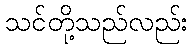
သင်တို့သည်လည်း